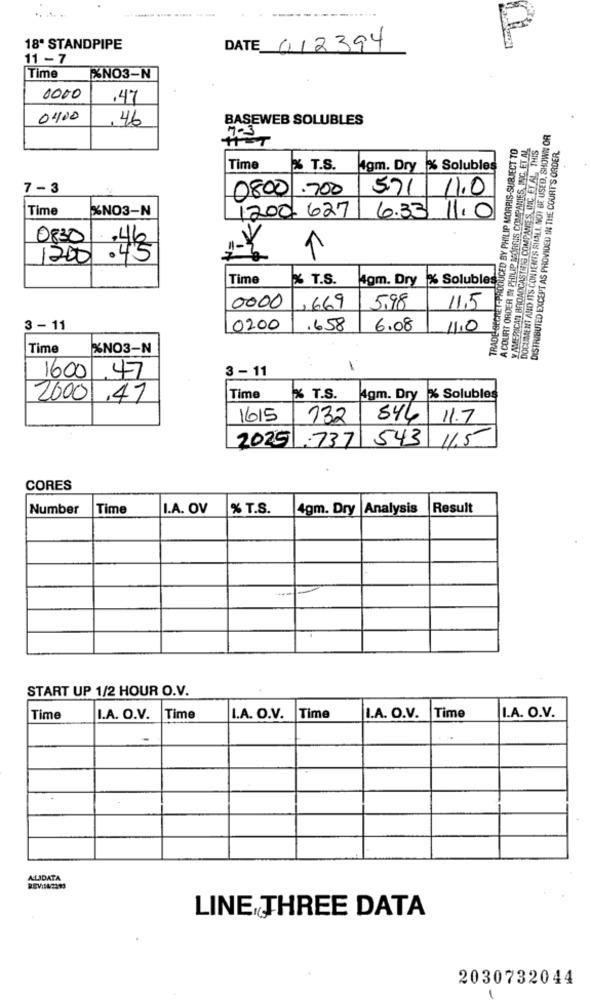
P
18" STANDPIPE
DATE 012394
11 - 7
Time
NO3-N
0000
.47
0400
, 46
BASEWEB SOLUBLES
7-3
DOCUMENT AND ITS CONTENTS SHALL NOT BE USED. SHOWN OR
11-T
TRADE SECRET-PRODUCED BY PHILIP MORRIS-SUBJECT TO
A COURT ORDER IN PHILIP MORRIS COMPANIES, INC. ET AL
DISTRIBUTED EXCEPT AS PROVIDED IN THE COURT'S ORDER.
Time
% T.S.
Mgm. Dry % Solubles
7-3
0800.700
5.71
11.0
Time
%NO3-N
1200.627
6.33 11.0
0830
,46
1200
.45
Time
% T.S.
4gm. Dry
Solubles
0000
,669
5,98
11.5
3 - 11
0200
.658
6.08
11,0
Time
%NO3-N
3 - 11
1
1600
47
2000
,47
Time
% T.S.
4gm. Dry % Solubles
1615
132
546
11.7
20251.737 543 11.5
CORES
Number
Time
I.A. OV
% T.S.
4gm. Dry |Analysis
Result
START UP 1/2 HOUR O.V.
Time
I.A. O.V.
Time
I.A. O.V.
Time
I.A. O.V.
Time
I.A. O.V.
ALIDATA
REV:142499
LINE THREE DATA
2030732044